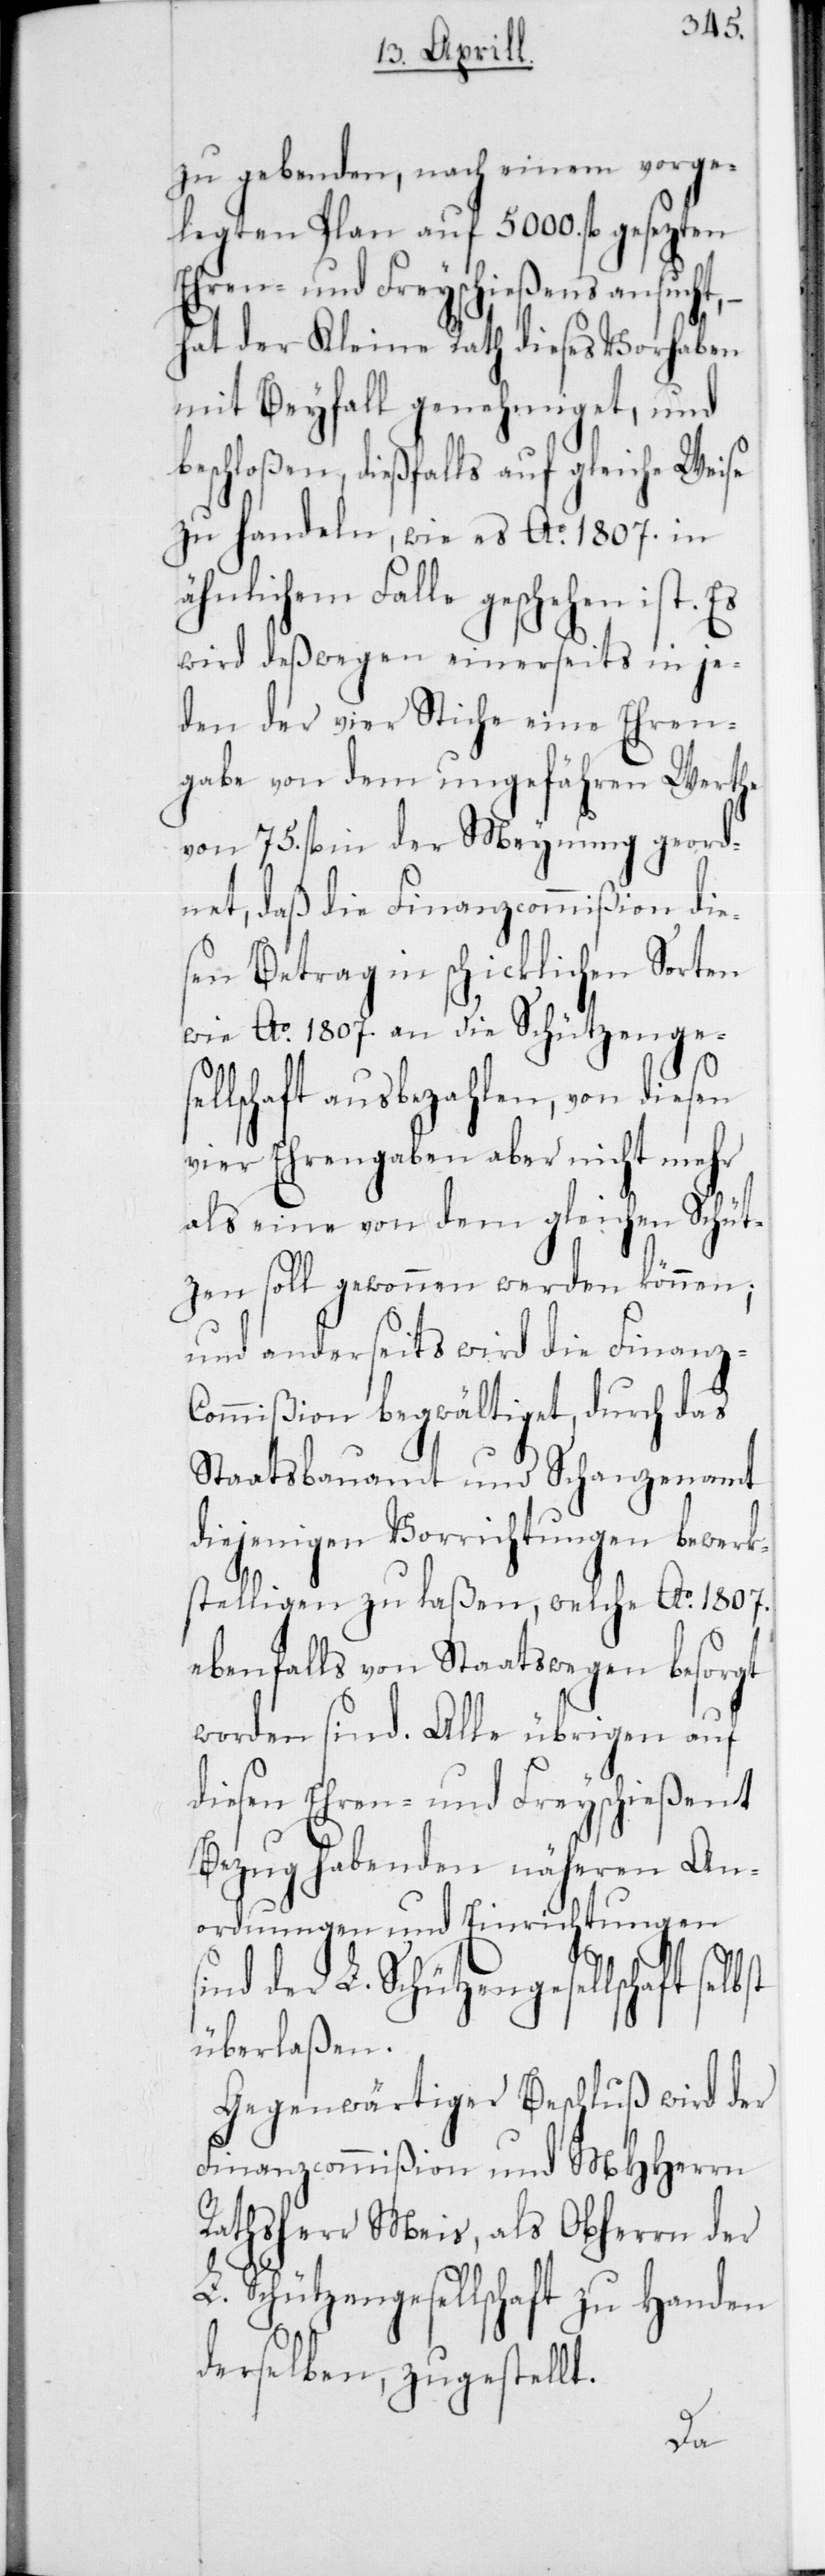
zu gebenden, nach einem vorge¬
legten Plan auf 5000 fl. gesezten
Ehren- und Freyschießens ansucht,
hat der Kleine Rath dieses Vorhaben
mit Beyfall genehmiget, und
beschloßen, dießfalls auf gleiche Weise
zu handeln, wie es Ao 1807 in
ähnlichem Falle geschehen ist.
wird deßwegen einerseits in je¬
den der vier Stiche eine Ehren¬
gabe von dem ungefähren Werthe
von 75 fl. in der Meynung geord¬
net, daß die Finanzcommißion die¬
sen Betrag in schicklichen Sorten
wie Ao 1807 an die Schützengese¬
llschaft ausbezahlen, von diesen
vier Ehrengaben aber nicht mehr
als eine von dem gleichen Schütz¬
en soll gewonnen werden können;
und anderseits wird die Finanz-C¬
ommißion begwältiget, durch das
Staatsbauamt und Schanzenamt
diejenigen Vorrichtungen bewerk¬
stelligen zu laßen, welche Ao 1807
ebenfalls von Staatswegen besorgt
worden sind. Alle übrigen auf
diesen Ehren- und Freyschiessent
Bezug habenden näheren An¬
ordnungen und Einrichtungen
sind der L. Schützengesellschaft
überlaßen.
Gegenwärtiger Beschluß wird der
Finanzcommißion und MHHerrn
Rathsherr Meis, als Obherrn der
L. Schützengesellschaft zu Handen
derselben, zugestellt.